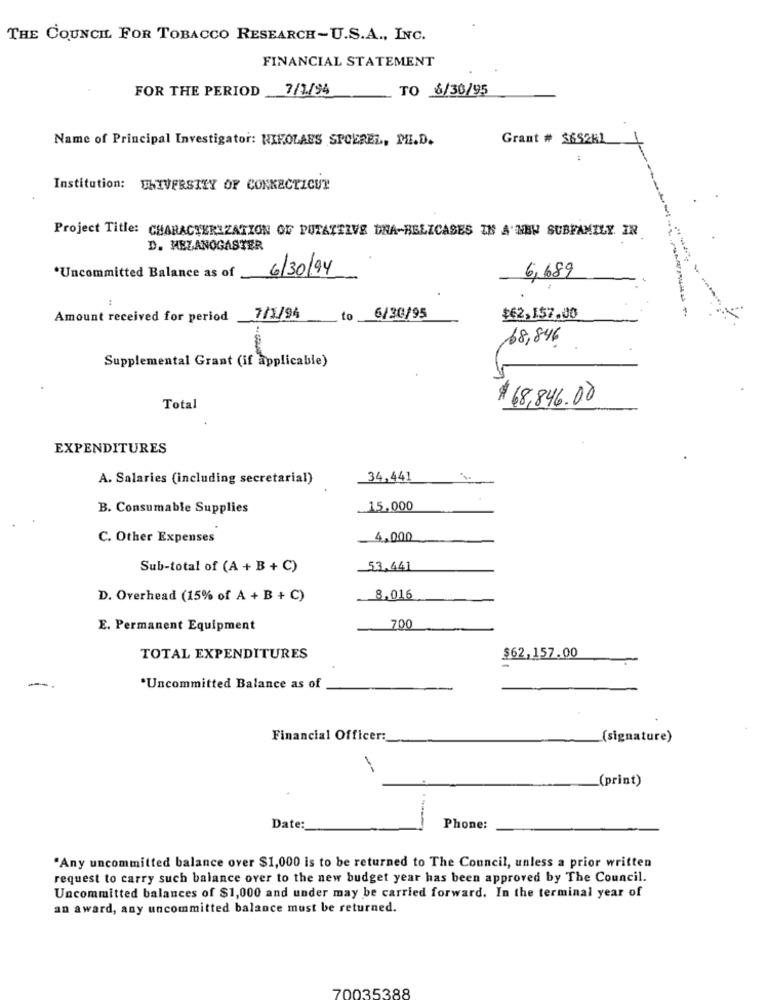
THE COUNCIL FOR TOBACCO RESEARCH-U.S.A ., INC.
FINANCIAL STATEMENT
FOR THE PERIOD
7/2/94
TO 6/30/95
Name of Principal Investigator: NIKOLAUS SPOEREL, MI.D.
Grant # $65281
Institution: UNIVERSITY OF CONNECTICUT
Project Title: CHARACTERIZATION OF PUTATTIVE DRA-BELICASES IN A NEW SUBFAMILY. IR
D. MEZANOGASTER
6/30/94
6,689
*Uncommitted Balance as of
Amount received for period 7/1/94
to
6/30/95
$62,157.00
68,846
Supplemental Grant (if applicable)
$ 68,846.00
Total
EXPENDITURES
A. Salaries (including secretarial)
34,441
B. Consumable Supplies
_15,000
C. Other Expenses
4,000
Sub-total of (A + B +C)
53.441
D. Overhead (15% of A + B + C)
8,016
E. Permanent Equipment
700
TOTAL EXPENDITURES
$62,157.00
---
*Uncommitted Balance as of
Financial Officer:
(signature)
(print)
Date:
Phone:
"Any uncommitted balance over $1,000 is to be returned to The Council, unless a prior written
request to carry such balance over to the new budget year has been approved by The Council.
Uncommitted balances of $1,000 and under may be carried forward. In the terminal year of
an award, any uncommitted balance must be returned.
70035388